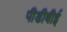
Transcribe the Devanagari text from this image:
पीडीबीई